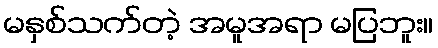
မနှစ်သက်တဲ့ အမူအရာ မပြဘူး။